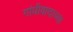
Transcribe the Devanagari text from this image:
गांधीवादाच्या